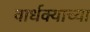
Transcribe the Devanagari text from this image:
वार्धक्याच्या